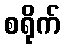
စရိုက်